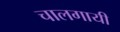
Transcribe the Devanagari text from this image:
चालगायी